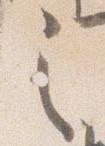
之